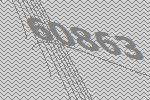
60863